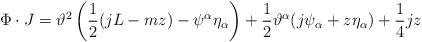
LaTeX: \begin{align*} \Phi \cdot J = \vartheta^2 \left(\frac{1}{2}(jL-mz)-\psi^\alpha\eta_\alpha \right) + \frac{1}{2}\vartheta^\alpha(j\psi_\alpha+z\eta_\alpha) + \frac{1}{4} j z\end{align*}